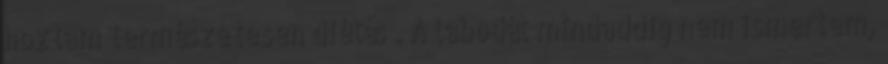
hoztam természetesen diétás . A labodát mindaddig nem ismertem,